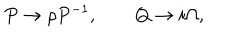
LaTeX: P \rightarrow \rho P ^ { - 1 } , \qquad Q \rightarrow i \Omega ,